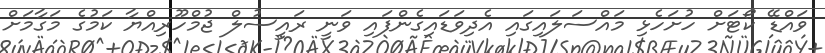
ވައްޑޭ ކޯޓަށް ހުށަހެޅި މައްސަލައިގައި އެދިވަޑައިގެންފައި ވަނީ ރައީސުލް ޖުމްހޫރިއްޔާ ކަމުގެ މަގާމަށް